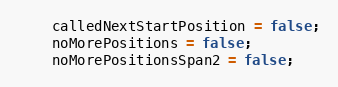
Language: Java
    calledNextStartPosition = false;
    noMorePositions = false;
    noMorePositionsSpan2 = false;